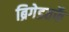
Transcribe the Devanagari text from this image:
ब्रिगेडतर्फे